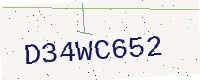
Text: D34WC652